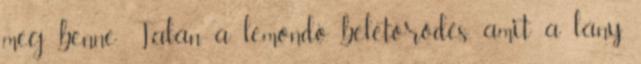
meg benne. Talán a lemondó beletörődés, amit a lány